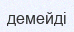
демейді